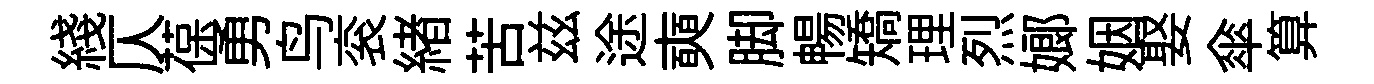
綫仄葆勇鸟衮緖苦兹途奭脚暢矯理烈嫏姻娶傘算